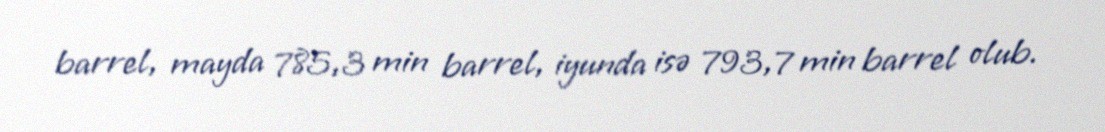
barrel, mayda 785,3 min barrel, iyunda isə 793,7 min barrel olub.